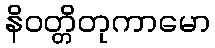
နိဝတ္တိတုကာမော